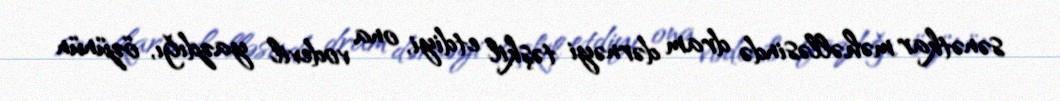
sənətkar məhəlləsində dram dərnəyi təşkil etdiyi, ona vodevil yazdığı, özünün